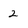
Character: 2